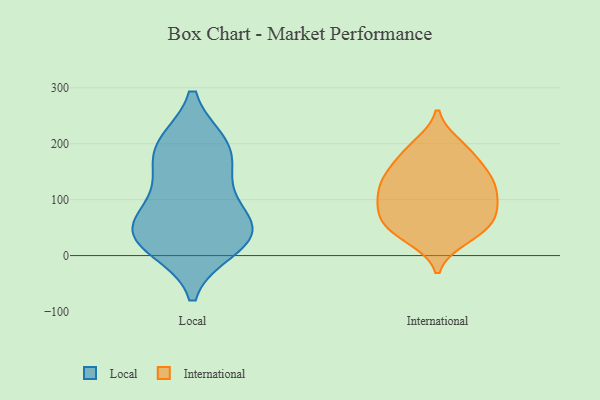
{"axis": {"x": "Website Visitors", "y": "Value"}, "legend": ["International", "Local"], "data": [{"x": "", "y": 111, "type": "Local"}, {"x": "", "y": 46, "type": "Local"}, {"x": "", "y": 42, "type": "Local"}, {"x": "", "y": 143, "type": "Local"}, {"x": "", "y": 198, "type": "Local"}, {"x": "", "y": 15, "type": "Local"}, {"x": "", "y": 188, "type": "Local"}, {"x": "", "y": 57, "type": "Local"}, {"x": "", "y": 23, "type": "Local"}, {"x": "", "y": 198, "type": "Local"}, {"x": "", "y": 50, "type": "Local"}, {"x": "", "y": 150, "type": "International"}, {"x": "", "y": 30, "type": "International"}, {"x": "", "y": 70, "type": "International"}, {"x": "", "y": 82, "type": "International"}, {"x": "", "y": 148, "type": "International"}, {"x": "", "y": 122, "type": "International"}, {"x": "", "y": 35, "type": "International"}, {"x": "", "y": 114, "type": "International"}, {"x": "", "y": 49, "type": "International"}, {"x": "", "y": 156, "type": "International"}, {"x": "", "y": 190, "type": "International"}, {"x": "", "y": 99, "type": "International"}, {"x": "", "y": 138, "type": "International"}, {"x": "", "y": 81, "type": "International"}, {"x": "", "y": 57, "type": "International"}, {"x": "", "y": 123, "type": "International"}, {"x": "", "y": 48, "type": "International"}, {"x": "", "y": 189, "type": "International"}, {"x": "", "y": 95, "type": "International"}, {"x": "", "y": 198, "type": "International"}]}